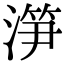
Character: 𣺱